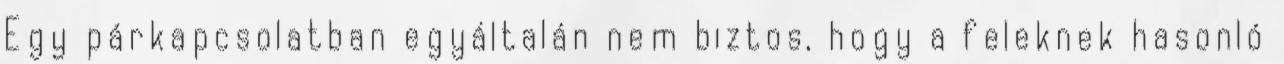
Egy párkapcsolatban egyáltalán nem biztos, hogy a feleknek hasonló